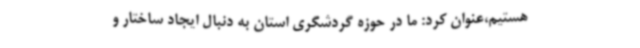
هستیم،عنوان کرد: ما در حوزه گردشگری استان به دنبال ایجاد ساختار و